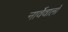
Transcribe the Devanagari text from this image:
नार्वेवालों